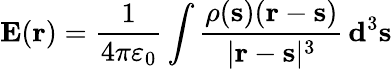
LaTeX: \mathbf{E}(\mathbf{r})={\frac{1}{4\pi\varepsilon_{0}}}\int{\frac{\rho(\mathbf{s})(\mathbf{r}-\mathbf{s})}{|\mathbf{r}-\mathbf{s}|^{3}}}\, \mathbf{d}^{3}\mathbf{s}